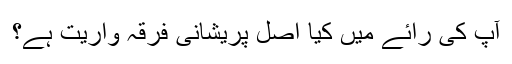
آپ کى رائے میں کیا اصل پریشانى فرقہ واریت ہے؟